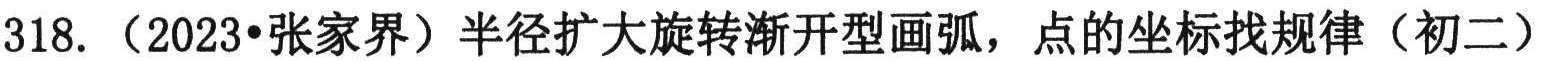
318. （2023•张家界）半径扩大旋转渐开型画弧，点的坐标找规律（初二）